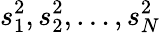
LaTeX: s_{1}^{2},s_{2}^{2},\ldots,s_{N}^{2}